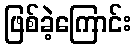
ဖြစ်ခဲ့ကြောင်း